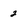
Character: 2